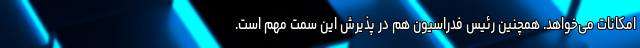
امکانات می‌خواهد. همچنین رئیس فدراسیون هم در پذیرش این سمت مهم است.